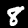
Digit: 8